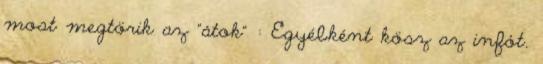
most megtörik az “átok” : Egyébként kösz az infót.